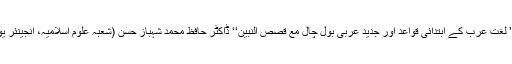
زیر تبصرہ کتاب ’’ لغت عرب کے ابتدائی قواعد اور جدید عربی بول چال مع قصص النبین‘‘ ڈاکٹر حافظ محمد شہباز حسن (شعبہ علوم اسلامیہ، انجینئر یونیورسٹی) کی ہے۔